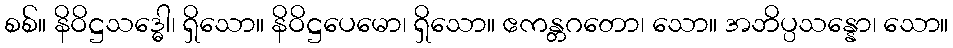
စစ်။ နိဝိဋ္ဌသဒ္ဓေါ၊ ရှိသော။ နိဝိဋ္ဌပေမော၊ ရှိသော။ ဧကန္တဂတော၊ သော။ အဘိပ္ပသန္နော၊ သော။